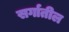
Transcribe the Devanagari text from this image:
सर्गातील